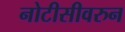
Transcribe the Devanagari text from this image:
नोटीसीवरुन